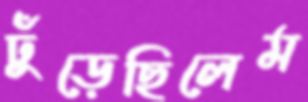
ঢুঁড়েছিলেম